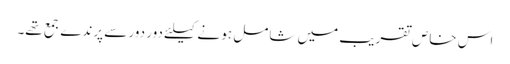
اس خاص تقریب میں شامل ہو نے کیلئے دور دور سے پرندے جمع تھے۔